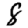
Digit: 8